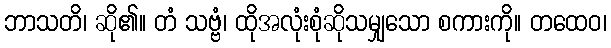
ဘာသတိ၊ ဆို၏။ တံ သဗ္ဗံ၊ ထိုအလုံးစုံဆိုသမျှသော စကားကို။ တထေဝ၊